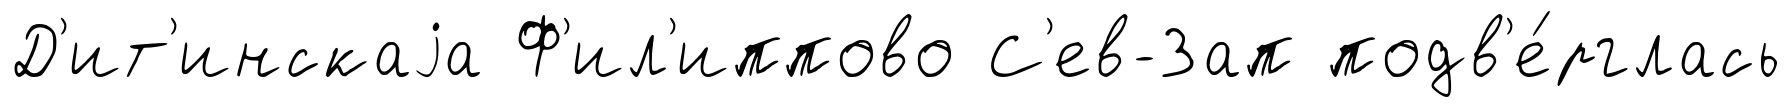
Д'ит'инскаjа Ф'ил'иппово С'ев-Зап подв'е́рглась